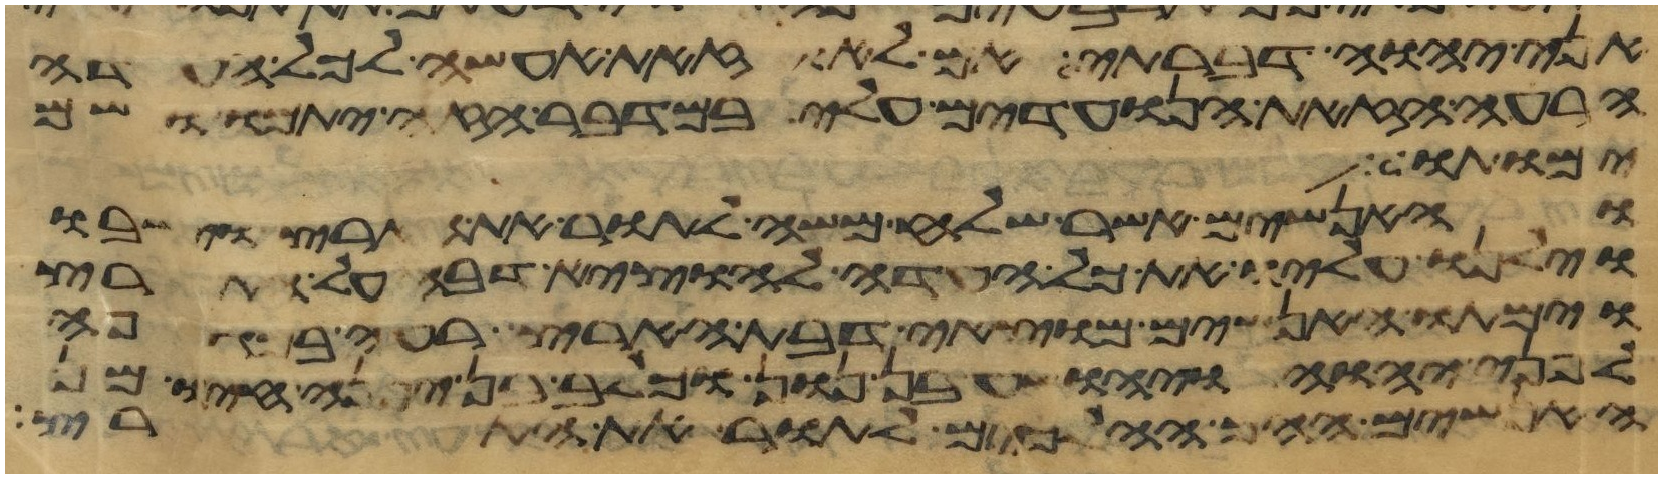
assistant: אני יהוה דברתי אם לא זאת אעשה לכל העדה
הרעה הזאת הנועדים עלי במדבר הזה יתמו ושם
ימותו
והאנשים אשר שלח משה לתור את הארץ וישבו
וילנו עליו את כל העדה להוציא דבה על הארץ
וימתו האנשים מוצאי דבת הארץ רעה במגפה
לפני יהוה ויהושע בן נון וכלב בן יפנה חיו מן
האנשים ההם ההלכים לתור את הארץ